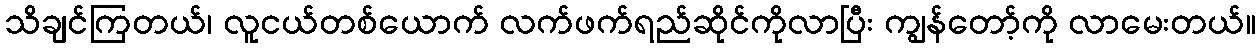
သိချင်ကြတယ်၊ လူငယ်တစ်ယောက် လက်ဖက်ရည်ဆိုင်ကိုလာပြီး ကျွန်တော့်ကို လာမေးတယ်။